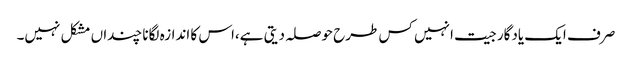
صرف ایک یادگار جیت انہیں کس طرح حوصلہ دیتی ہے،اس کا اندازہ لگانا چنداں مشکل نہیں۔